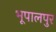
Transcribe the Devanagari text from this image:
भूपालपुर